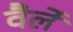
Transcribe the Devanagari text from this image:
वैर्ले